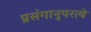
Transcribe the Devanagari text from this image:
प्रसंगानुपरत्वे